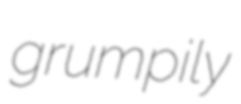
grumpily